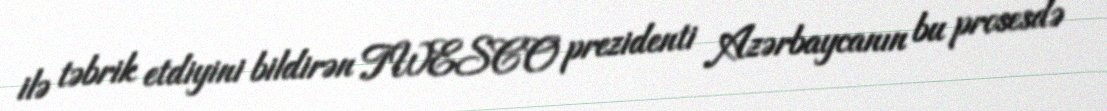
ilə təbrik etdiyini bildirən TWESCO prezidenti Azərbaycanın bu prosesdə